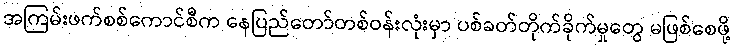
အကြမ်းဖက်စစ်ကောင်စီက နေပြည်တော်တစ်ဝန်းလုံးမှာ ပစ်ခတ်တိုက်ခိုက်မှုတွေ မဖြစ်စေဖို့